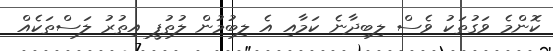
ކޮންމެ ވަގުތަކު ވެސް ލިބިދާނެ ކަމާއި އެ ލިބުމުން ލުތުފީ އިތުރު ލަސްތަކެއް